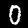
Label: 0